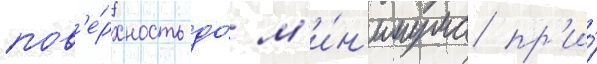
пов'е́рхность до́ м'и́н'имума пр'и́